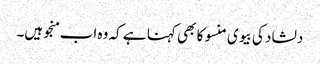
دلشاد کی بیوی منسو کا بھی کہنا ہے کہ وہ اب منجو ہیں۔